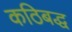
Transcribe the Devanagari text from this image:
कठिबद्ध